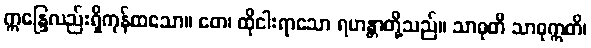
ဣန္ဒြေလည်းရှိကုန်ထသော။ တေ၊ ထိုငါးရာသော ရဟန္တာတို့သည်။ သာဓုတိ သာဓုဣတိ၊